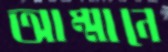
আম্মানে